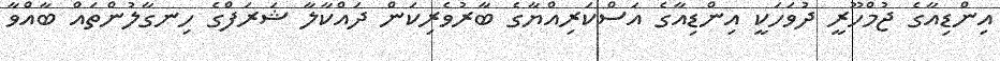
އިންޑިއާގެ ޖުމްހޫރީ ދުވަހަކީ އިންޑިއާގެ އަސްކަރިއްޔާގެ ބާރުވެރިކަން ދައްކާލާ ޝަރަފްގެ ހިނގާލުންތައް ބާއްވާ